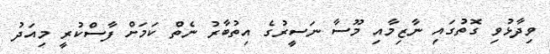
ވިދާޅުވި ގޮތުގައި ނާޒިމާއި މޫސާ ނަސީރުގެ އިތުބާރު ނެތް ކަމަށް ފާސްކުރީ މިއަދު